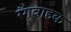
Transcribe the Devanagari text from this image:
रंगवाहक